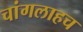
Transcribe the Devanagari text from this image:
चांगलाहच